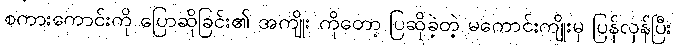
စကားကောင်းကို ပြောဆိုခြင်း၏ အကျိုး ကိုတော့ ပြဆိုခဲ့တဲ့ မကောင်းကျိုးမှ ပြန်လှန်ပြီး